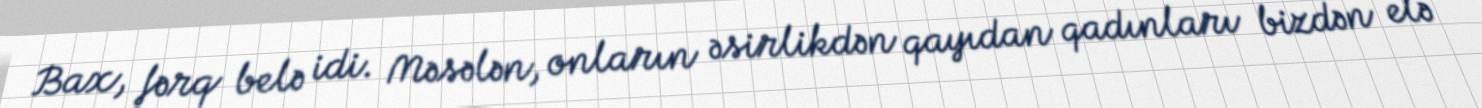
Bax, fərq belə idi. Məsələn, onların əsirlikdən qayıdan qadınları bizdən elə